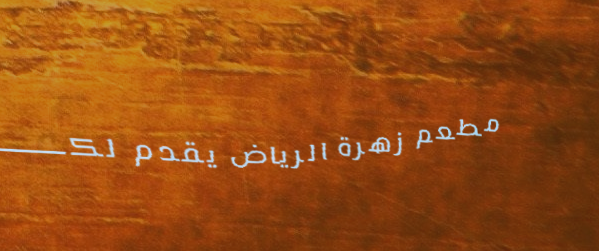
مطعم زهرة الرياض يقدم لكم